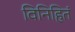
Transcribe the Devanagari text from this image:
विनिहितं